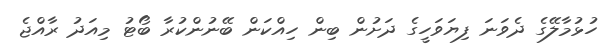
ހުޅުމާލޭގެ ދެވަނަ ފިޔަވަހީގެ ދަށުން ބިން ހިއްކަން ބޭނުންކުރާ ބޯޓު މިއަދު ރާއްޖެ